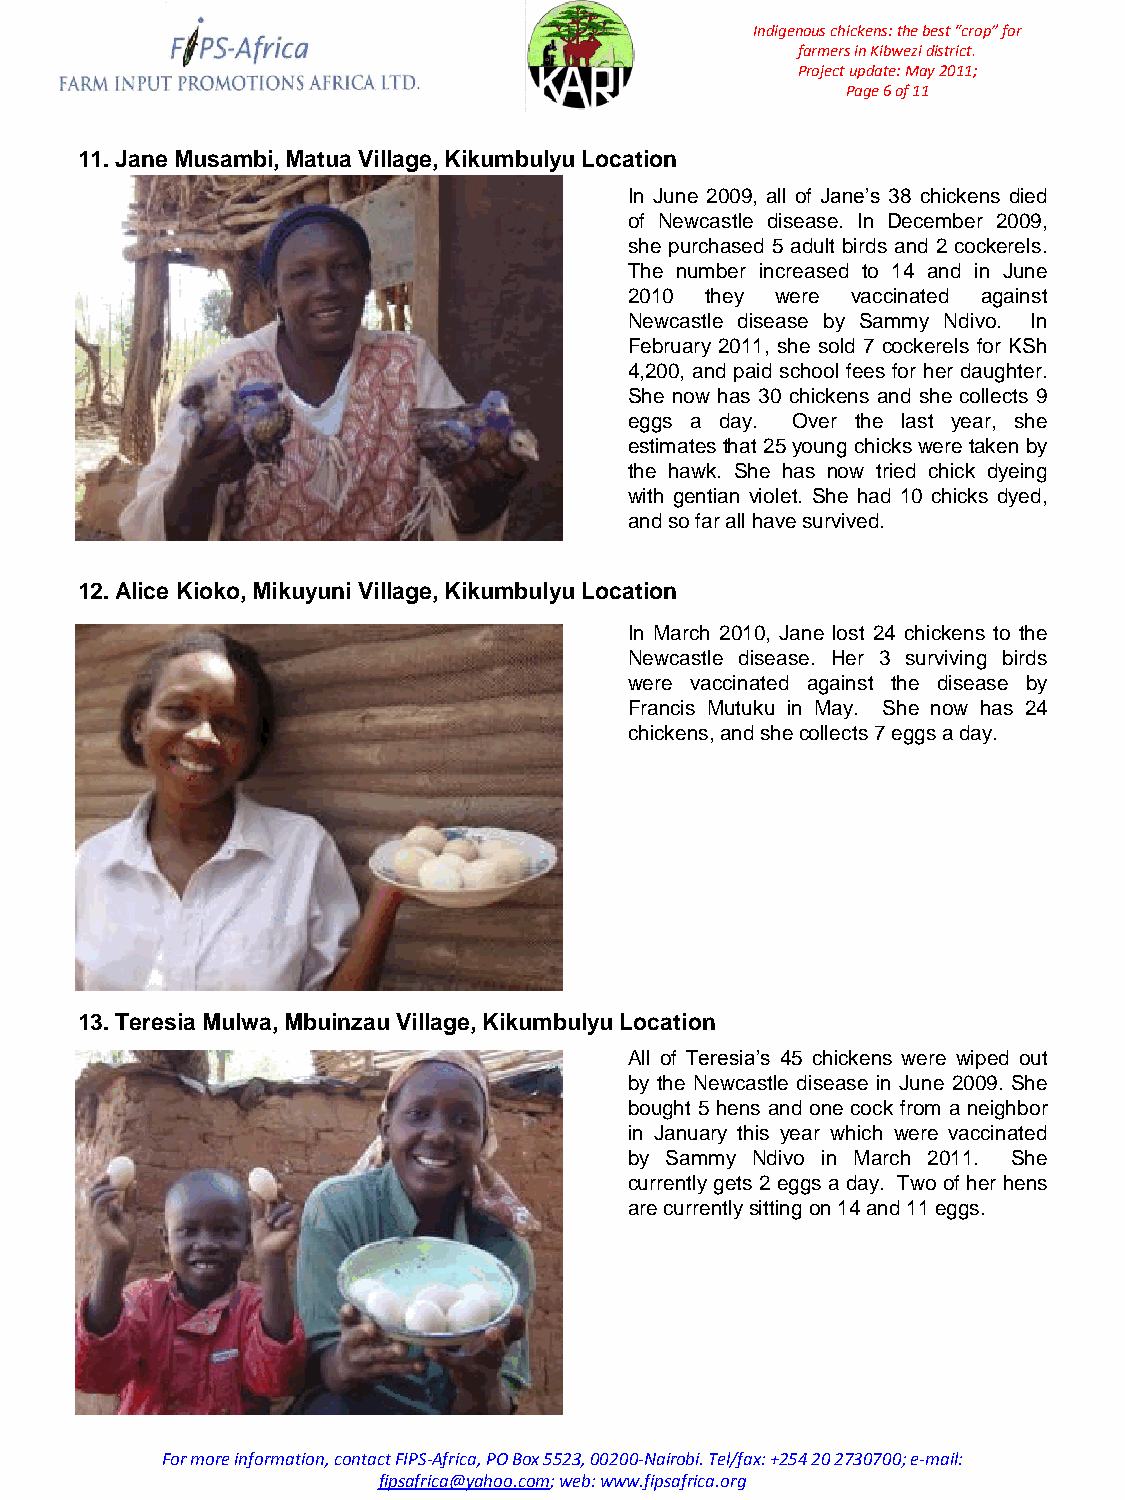
Indigenous chickens: the best “crop” for
 farmers in Kibwezi district.
 Project update: May 2011;
 Page 6 of 11
 11. Jane Musambi, Matua Village, Kikumbulyu Location
 In June 2009, all of Jane’s 38 chickens died
 of Newcastle disease. In December 2009,
 she purchased 5 adult birds and 2 cockerels.
 The number increased to 14 and in June
 2010 they were vaccinated against
 Newcastle disease by Sammy Ndivo. In
 February 2011, she sold 7 cockerels for KSh
 4,200, and paid school fees for her daughter.
 She now has 30 chickens and she collects 9
 eggs a day. Over the last year, she
 estimates that 25 young chicks were taken by
 the hawk. She has now tried chick dyeing
 with gentian violet. She had 10 chicks dyed,
 and so far all have survived.
 12. Alice Kioko, Mikuyuni Village, Kikumbulyu Location
 In March 2010, Jane lost 24 chickens to the
 Newcastle disease. Her 3 surviving birds
 were vaccinated against the disease by
 Francis Mutuku in May. She now has 24
 chickens, and she collects 7 eggs a day.
 13. Teresia Mulwa, Mbuinzau Village, Kikumbulyu Location
 All of Teresia’s 45 chickens were wiped out
 by the Newcastle disease in June 2009. She
 bought 5 hens and one cock from a neighbor
 in January this year which were vaccinated
 by Sammy Ndivo in March 2011. She
 currently gets 2 eggs a day. Two of her hens
 are currently sitting on 14 and 11 eggs.
 For more information, contact FIPS-Africa, PO Box 5523, 00200-Nairobi. Tel/fax: +254 20 2730700; e-mail:
 fipsafrica@yahoo.com; web: www.fipsafrica.org